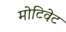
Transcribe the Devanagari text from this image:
मोटिवेट